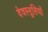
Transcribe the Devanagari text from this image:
देवस्तुतियों